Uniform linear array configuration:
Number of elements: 24
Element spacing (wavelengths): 1
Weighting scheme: blackman
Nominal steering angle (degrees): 30
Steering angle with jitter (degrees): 31.88
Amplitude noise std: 0.05
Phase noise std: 0.05

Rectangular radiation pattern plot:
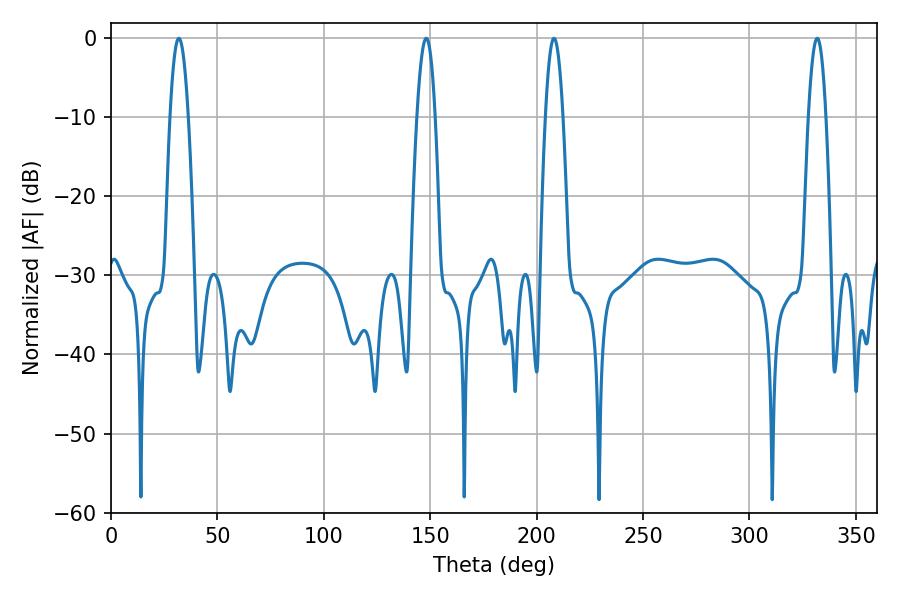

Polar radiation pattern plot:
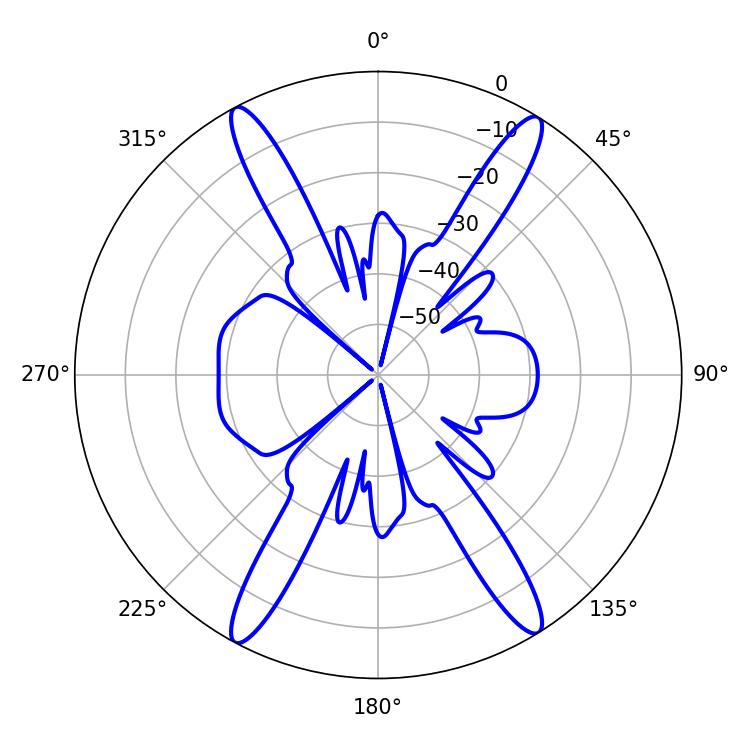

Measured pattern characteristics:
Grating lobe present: TRUE
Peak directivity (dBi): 22.0
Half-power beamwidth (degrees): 4.68
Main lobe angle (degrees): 31.86